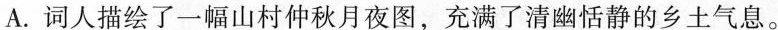
A.词人描绘了一幅山村仲秋月夜图，充满了清幽恬静的乡土气息。